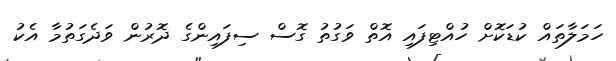
ހަމަލާތައް ކުޑަކޮށް ހުއްޓިފައި އޮތް ވަގުތު ގޮސް ސިފައިންގެ ދޮރުން ވަދެގަތުމާ އެކު